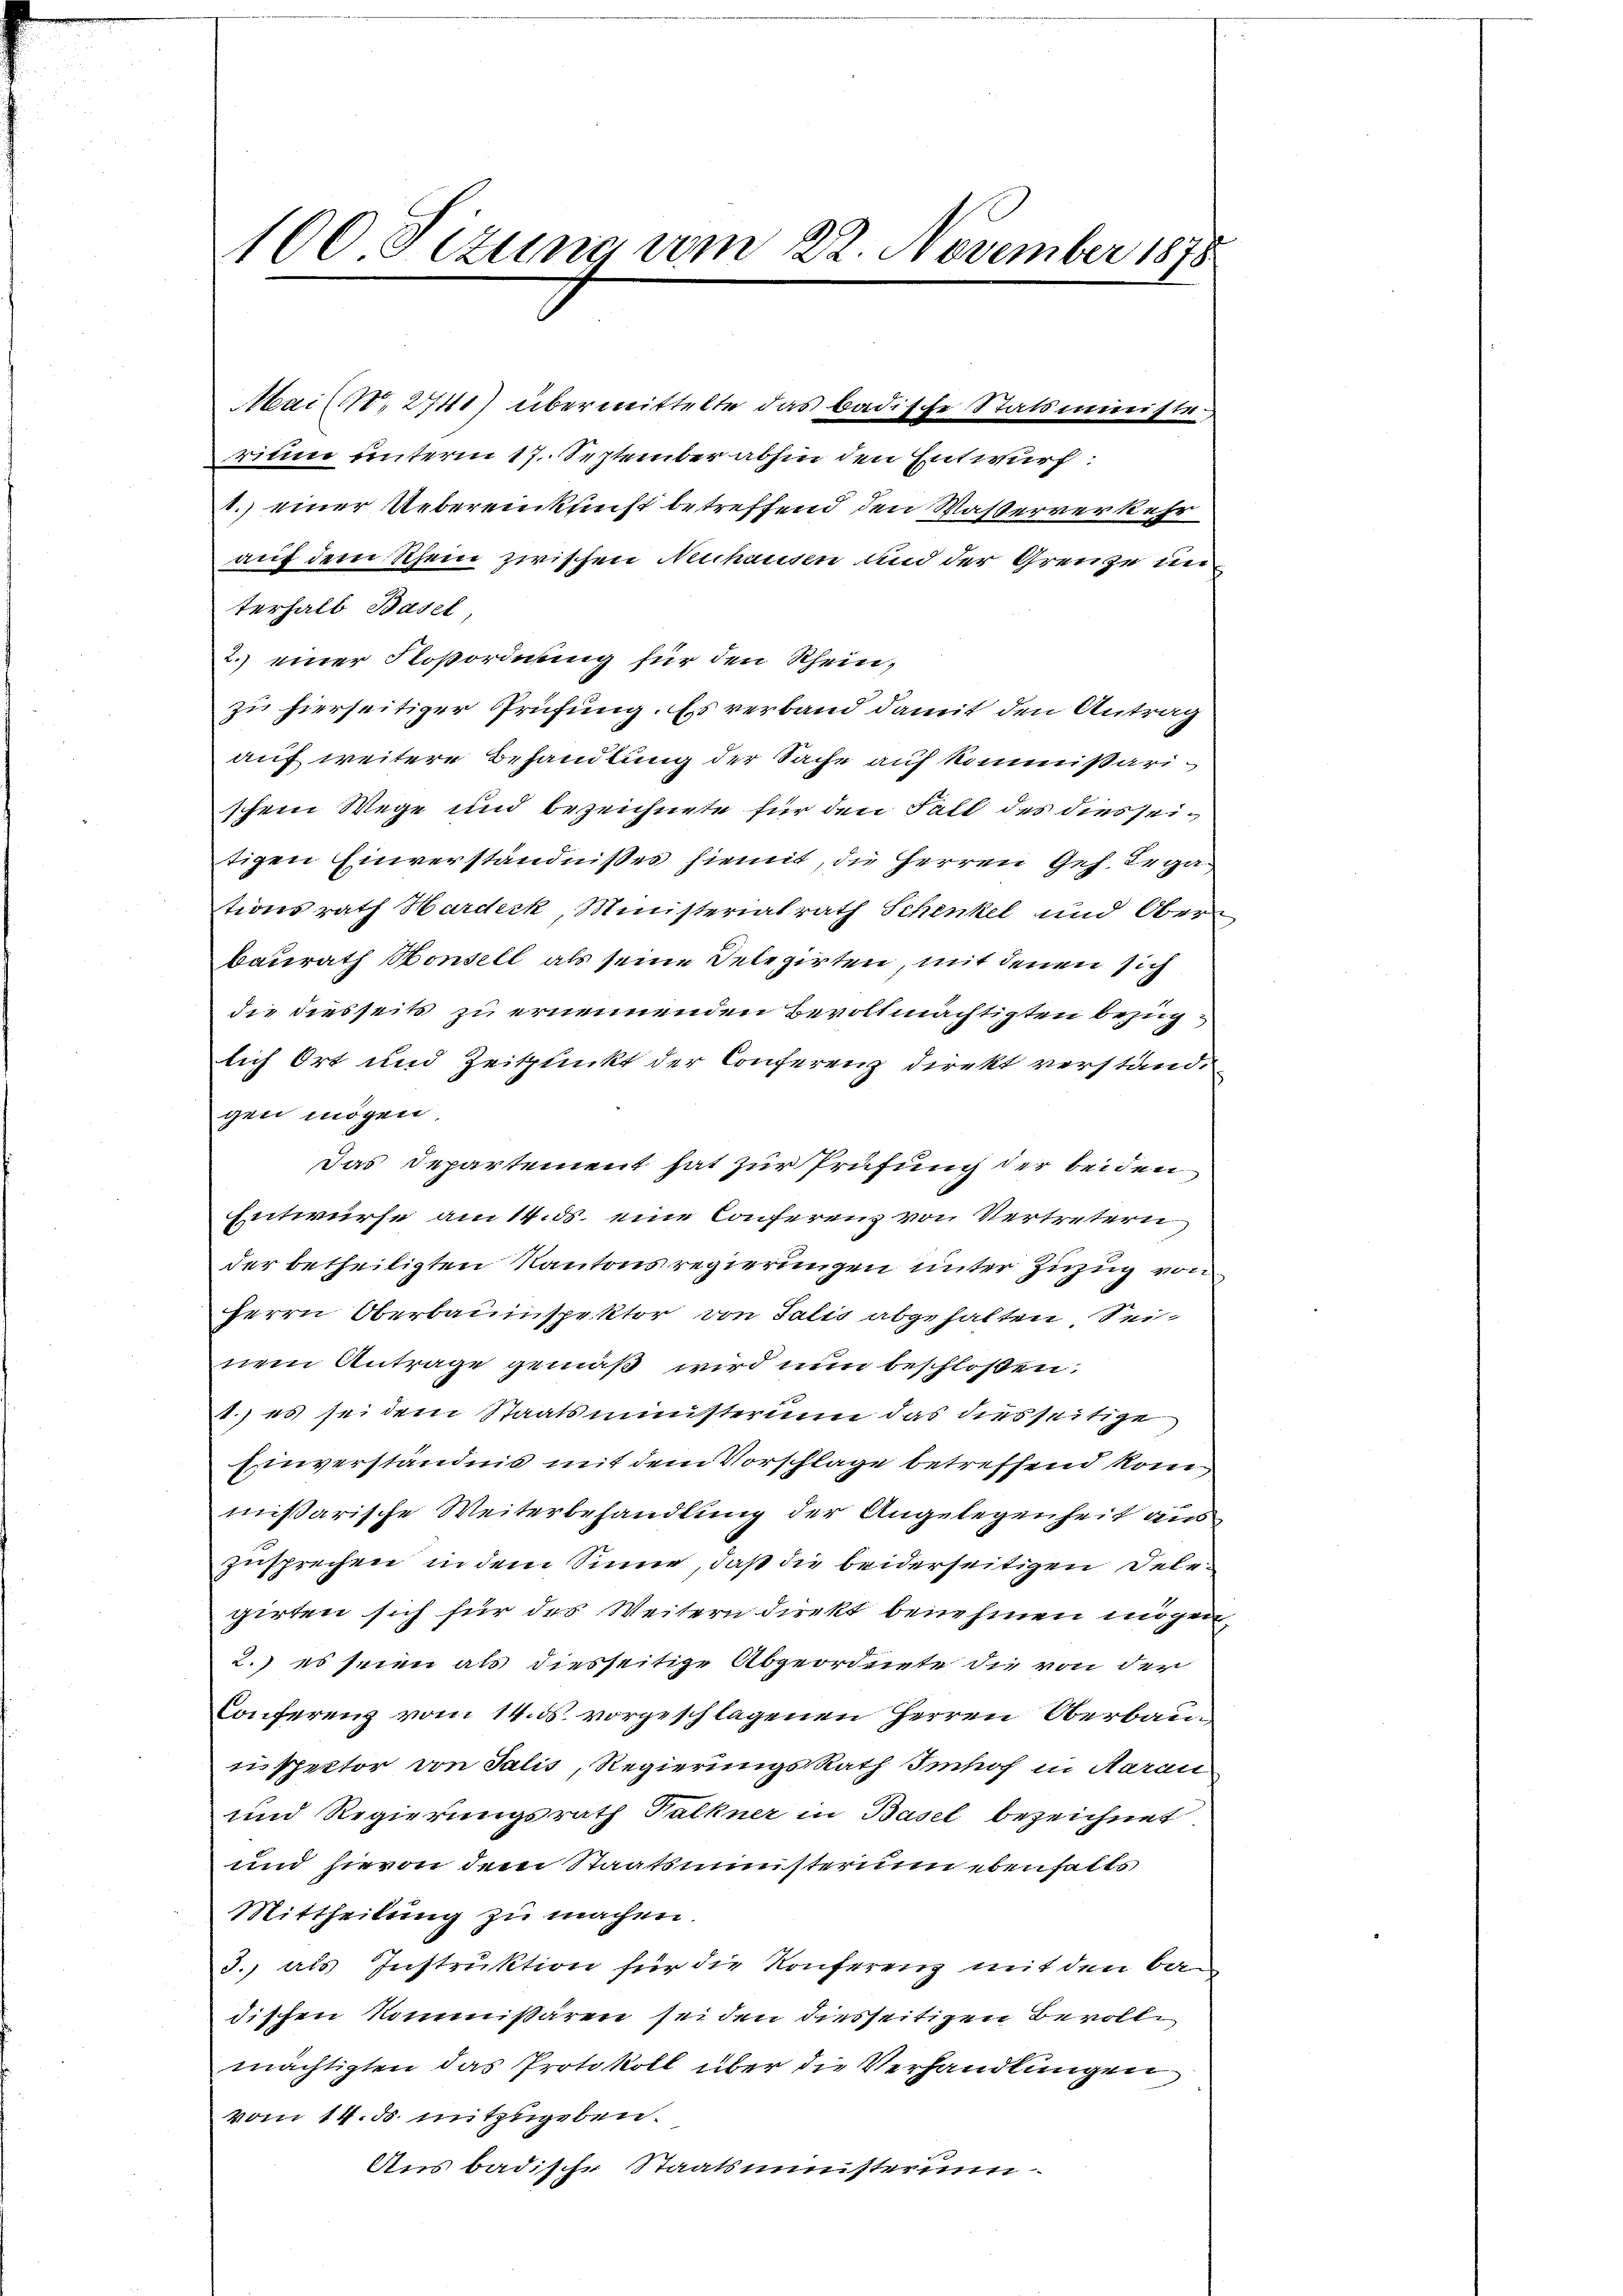
100 Sizung vom 22. November 1875

Mai (N. 2741) übermittelte das badische Statsministerium unterm 17. September abhin den Entwurf:
1.) einer Uebereinkunft betreffend den Wasserverkehr
auf dem Schein zwischen Neuhausen und der Grenze in
terhalb Basel
2. einer Soßordnung für den Rheinzu hierseitiger Prüfung. Es verband damit den Antrag
auf weitere Behandlung der Sache auf kommißarischem Wege und bezeichnete für den Fall des dies seitigen Einverständnißes hiemit, die Herren Ges. Lega
tionsrath Hardeck, Ministerialrath Schenkel und Oberbaurath Honsell als seine Delegirten, mit denen sich
die diesseits zu ernennenden Bevollmächtigten bezug.
lich Ort und Zeitpunkt der Conferenz direkt verstandgen mögen.
Das Departement hat zur Prüfung der beiden
Entwurfe am 14. ds. eine Conferenz von Vertretern
der betheiligten Kantonsregierungen unter Zuzug von
Herrn Oberbauinspektor von Talis abgehalten Seinem Antrage gemäß wird nun beschloßen:
1.) es sei dem Staatsministerium das diesseitige
Einverständnis mit dem Vorschläge betreffend kom
missarische Weiterbehandlung der Angelegenheit aus
zusprechen in dem Sinne, daß die beiderseitigen Delegirten sich für das Weitern direkt benehmen mögen,
2.) es seien als diesseitige Abgeordnete die von der
Conferenz vom 14. ds. vorgeschlagenen Herren Oberbau-
inspector von Talis, RegierungsRath Imhof in Aarau
und Regierungsrath Falkner in Basel bezeichnet.
und hievon dem Staatsministerium ebenhalts
Mittheilung zu machen.
3., als Instruktion für die Konferenz mit den Badischen Kommißären sei den diesseitigen Bevolle
mächtigten das Protokoll über die Verhandlungen
vom 14. ds. mitzugeben.
Aus badische Staatsministeru